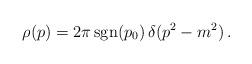
LaTeX: \begin{align*} \rho(p)= 2\pi\, {\rm sgn}(p_0) \,\delta(p^2-m^2)\, .\end{align*}